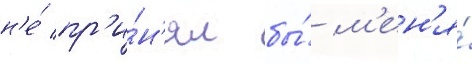
н'е́ пр'и́н'ял бы́ м'ен'я́